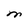
Character: M